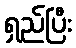
ရှည်ပြီး